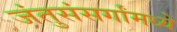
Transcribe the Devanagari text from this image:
जंतुसंसर्गांमध्ये